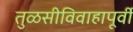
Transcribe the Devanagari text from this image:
तुळसीविवाहापूर्वी